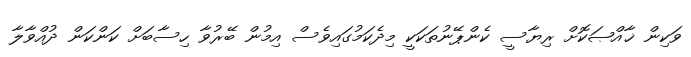
ވަކިން ޚާއްޞަކޮށް ރިޔާސީ ކެންޕޭނުތަކަކީ މިދެކަމުގައިވެސް އިމުން ބޭރުވާ ހިސާބަށް ކަންކަން ދުއްވާލާ